Vaccination returns of the Province of Eastern Bengal and Assam - 1905-1912
Year: 1905
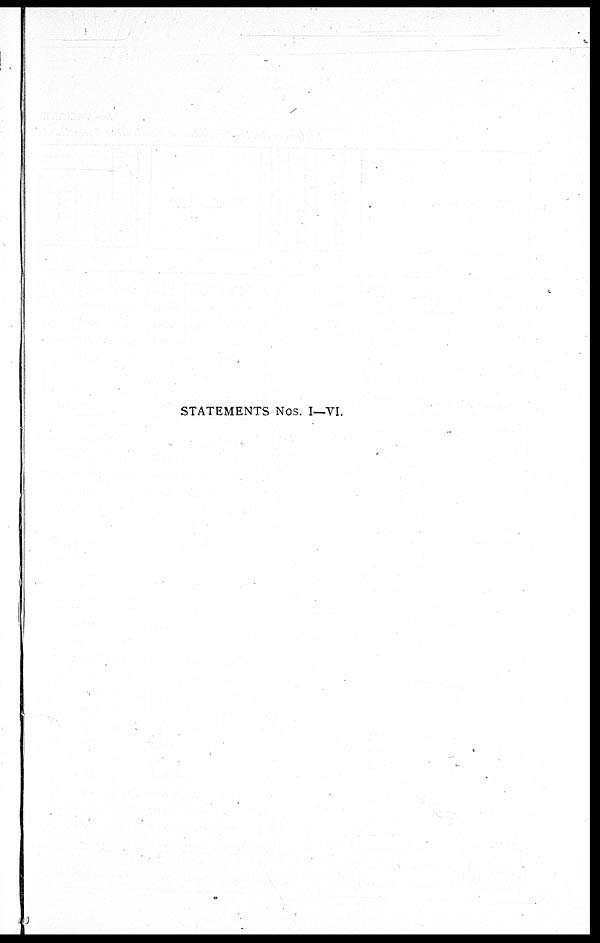
STATEMENTS Nos. I—VI.